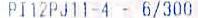
PI12PJ11-4 - 6/300